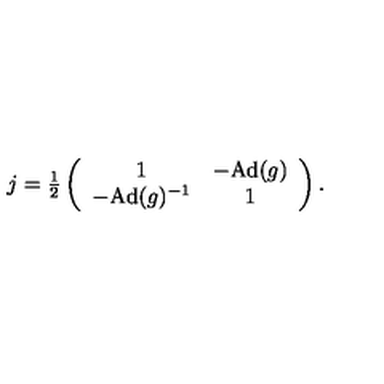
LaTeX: j = { \textstyle { \frac { 1 } { 2 } } } \left( \begin{array} { c c } { 1 } & { - \mathrm { A d } ( g ) } \\ { - \mathrm { A d } ( g ) ^ { - 1 } } & { 1 } \\ \end{array} \right) .